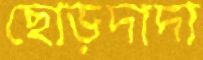
ছোড়দাদা